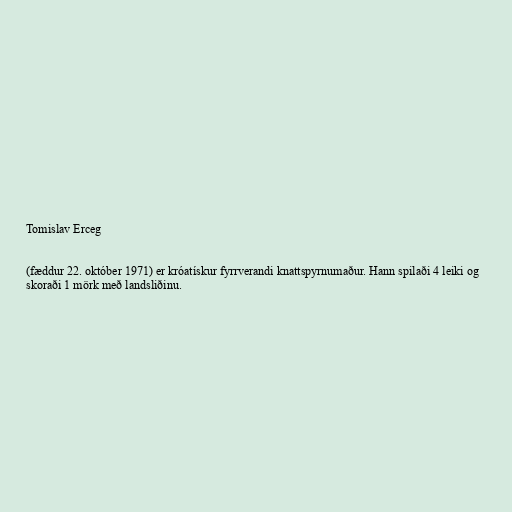
Tomislav Erceg

(fæddur 22. október 1971) er króatískur fyrrverandi knattspyrnumaður. Hann spilaði 4 leiki og
skoraði 1 mörk með landsliðinu.